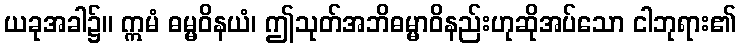
ယခုအခါ၌။ ဣမံ ဓမ္မဝိနယံ၊ ဤသုတ်အဘိဓမ္မာဝိနည်းဟုဆိုအပ်သော ငါဘုရား၏